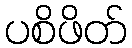
ပစိဖိတ်